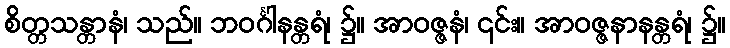
စိတ္တသန္တာနံ၊ သည်။ ဘဝင်္ဂါနန္တရံ၊ ၌။ အာဝဇ္ဇနံ၊ ၎င်း။ အာဝဇ္ဇနာနန္တရံ၊ ၌။